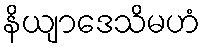
နိယျာဒေသိမဟံ